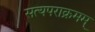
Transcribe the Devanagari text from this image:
सत्यपराक्रमम्